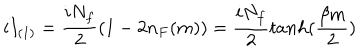
LaTeX: i I _ { ( 1 ) } = \frac { i N _ { f } } { 2 } ( 1 - 2 n _ { F } ( m ) ) = \frac { i N _ { f } } { 2 } t a n h ( \frac { \beta m } { 2 } )